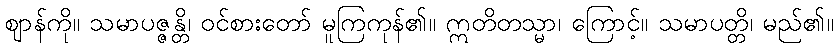
ဈာန်ကို။ သမာပဇ္ဇန္တိ၊ ဝင်စားတော် မူကြကုန်၏။ ဣတိတသ္မာ၊ ကြောင့်။ သမာပတ္တိ၊ မည်၏။